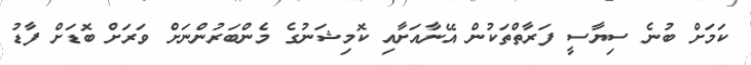
ކަމަށް ބުނެ ސިޔާސީ ފަރާތްތަކުން އޭނާއަށާއި ކޮމިޝަނުގެ މެންބަރުންނަށް ވަރަށް ބޮޑަށް ފާޑު